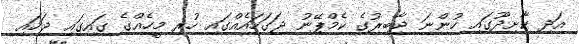
އަދި ކާށިދޫގައި ހުންނަ ޖާބިރުގެ ކެމްޕޭނު ޖަގަހައެއްގައި ހުރި މީހެއްގެ ގައިގައި ޖަހައި